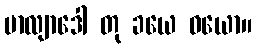
ဗာလျာဒေါ တု ခယေ ဝယော။